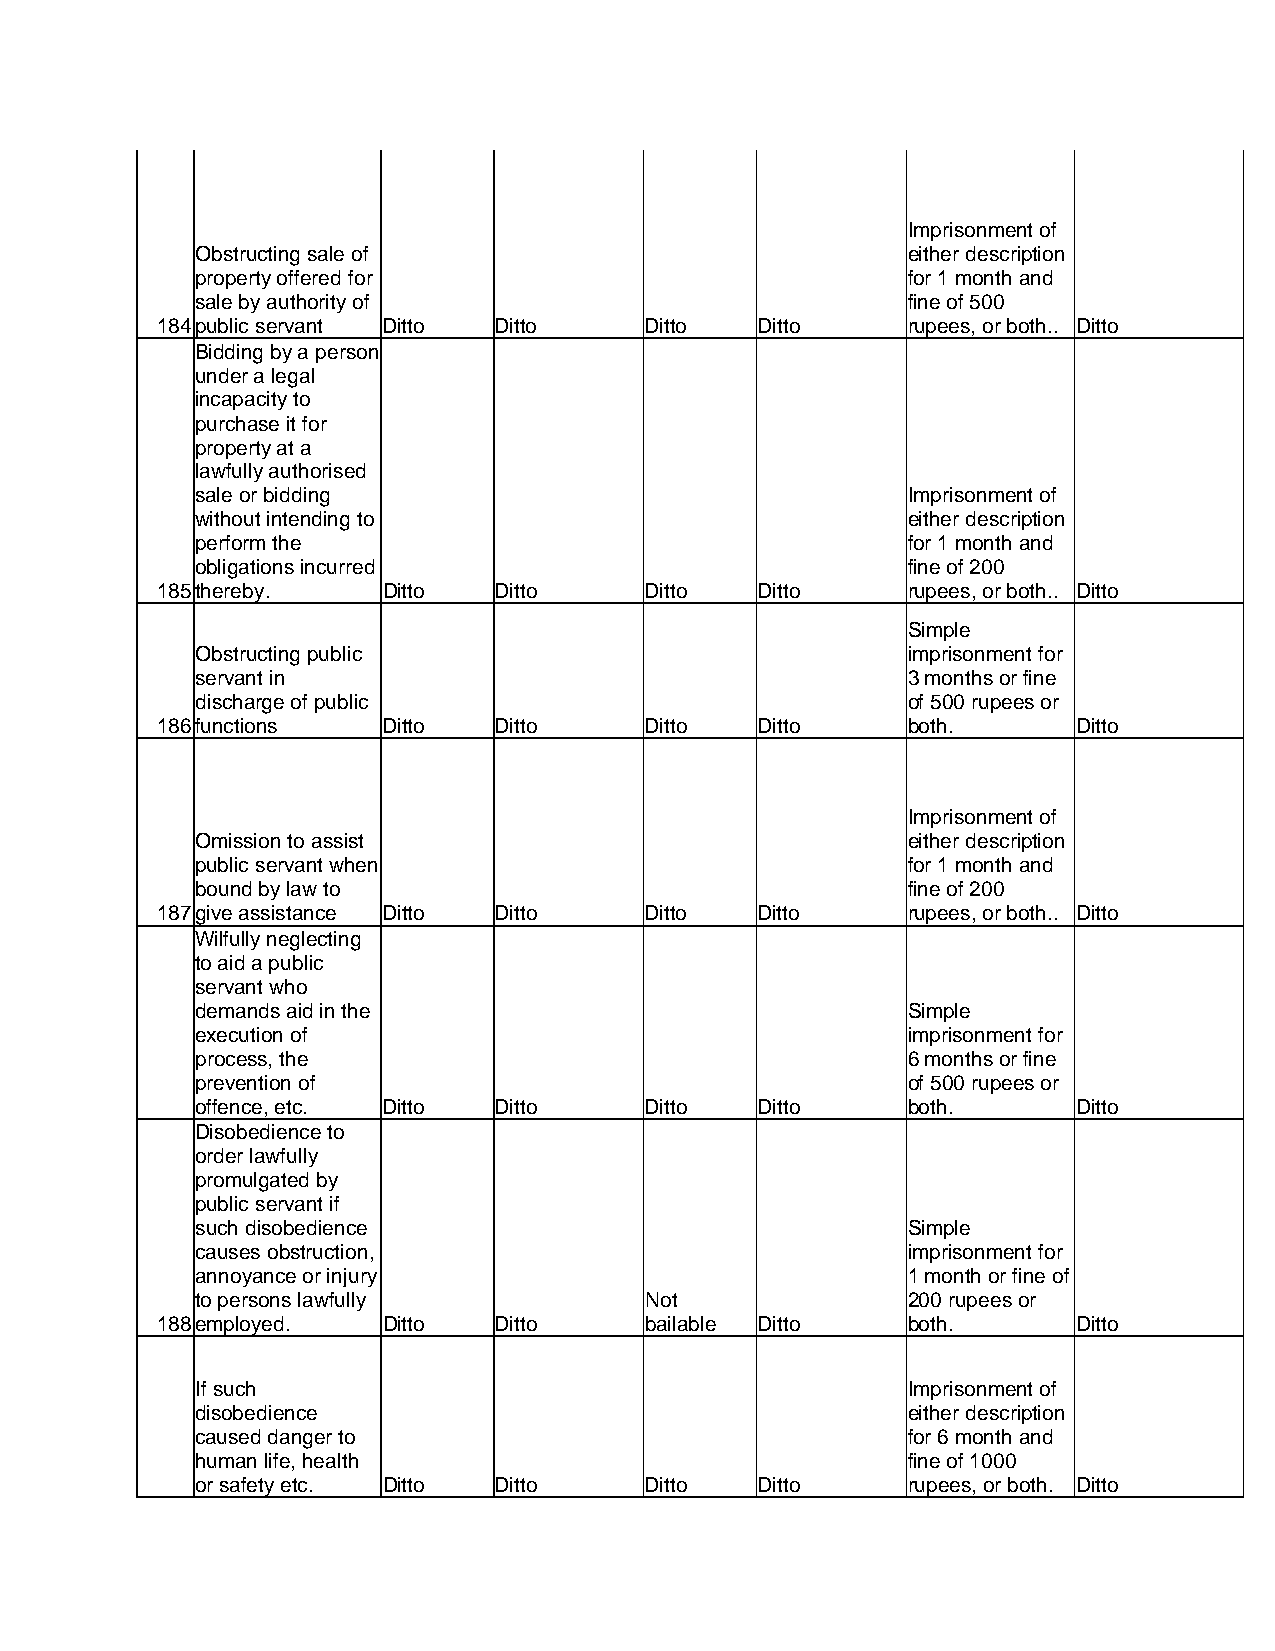
Imprisonment of
 Obstructing sale of                            either description
 property offered for                           for 1 month and
 sale by authority of                           fine of 500
 184 public servant Ditto Ditto   Ditto  Ditto     rupees, or both.. Ditto
 Bidding by a person
 under a legal
 incapacity to
 purchase it for
 property at a
 lawfully authorised
 sale or bidding                                Imprisonment of
 without intending to                           either description
 perform the                                    for 1 month and
 obligations incurred                           fine of 200
 185 thereby.   Ditto   Ditto     Ditto  Ditto     rupees, or both.. Ditto
 Simple
 Obstructing public                             imprisonment for
 servant in                                     3 months or fine
 discharge of public                            of 500 rupees or
 186 functions  Ditto   Ditto     Ditto  Ditto     both.      Ditto
 Imprisonment of
 Omission to assist                             either description
 public servant when                            for 1 month and
 bound by law to                                fine of 200
 187 give assistance Ditto Ditto  Ditto  Ditto     rupees, or both.. Ditto
 Wilfully neglecting
 to aid a public
 servant who
 demands aid in the                             Simple
 execution of                                   imprisonment for
 process, the                                   6 months or fine
 prevention of                                  of 500 rupees or
 offence, etc. Ditto Ditto     Ditto  Ditto     both.      Ditto
 Disobedience to
 order lawfully
 promulgated by
 public servant if
 such disobedience                              Simple
 causes obstruction,                            imprisonment for
 annoyance or injury                            1 month or fine of
 to persons lawfully           Not              200 rupees or
 188 employed.  Ditto   Ditto     bailable Ditto   both.      Ditto
 If such                                        Imprisonment of
 disobedience                                   either description
 caused danger to                               for 6 month and
 human life, health                             fine of 1000
 or safety etc. Ditto Ditto    Ditto  Ditto     rupees, or both. Ditto